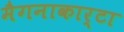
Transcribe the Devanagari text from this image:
मैगनाकार्टा